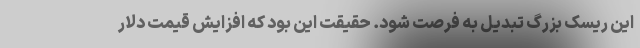
این ریسک بزرگ تبدیل به فرصت شود. حقیقت این بود که افزایش قیمت دلار